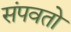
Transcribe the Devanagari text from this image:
संपवतो